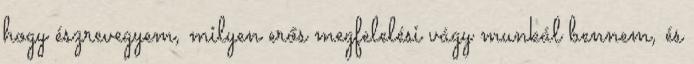
hogy észrevegyem, milyen erős megfelelési vágy munkál bennem, és